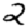
Digit: 2